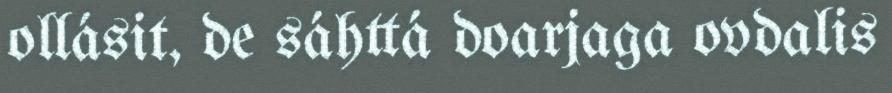
ollásit, de sáhttá doarjaga ovdalis